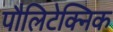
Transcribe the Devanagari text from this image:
पौलिटेक्निक